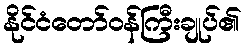
နိုင်ငံတော်ဝန်ကြီးချုပ်၏